Vana-Antsla_vallavalitsus, lk 87
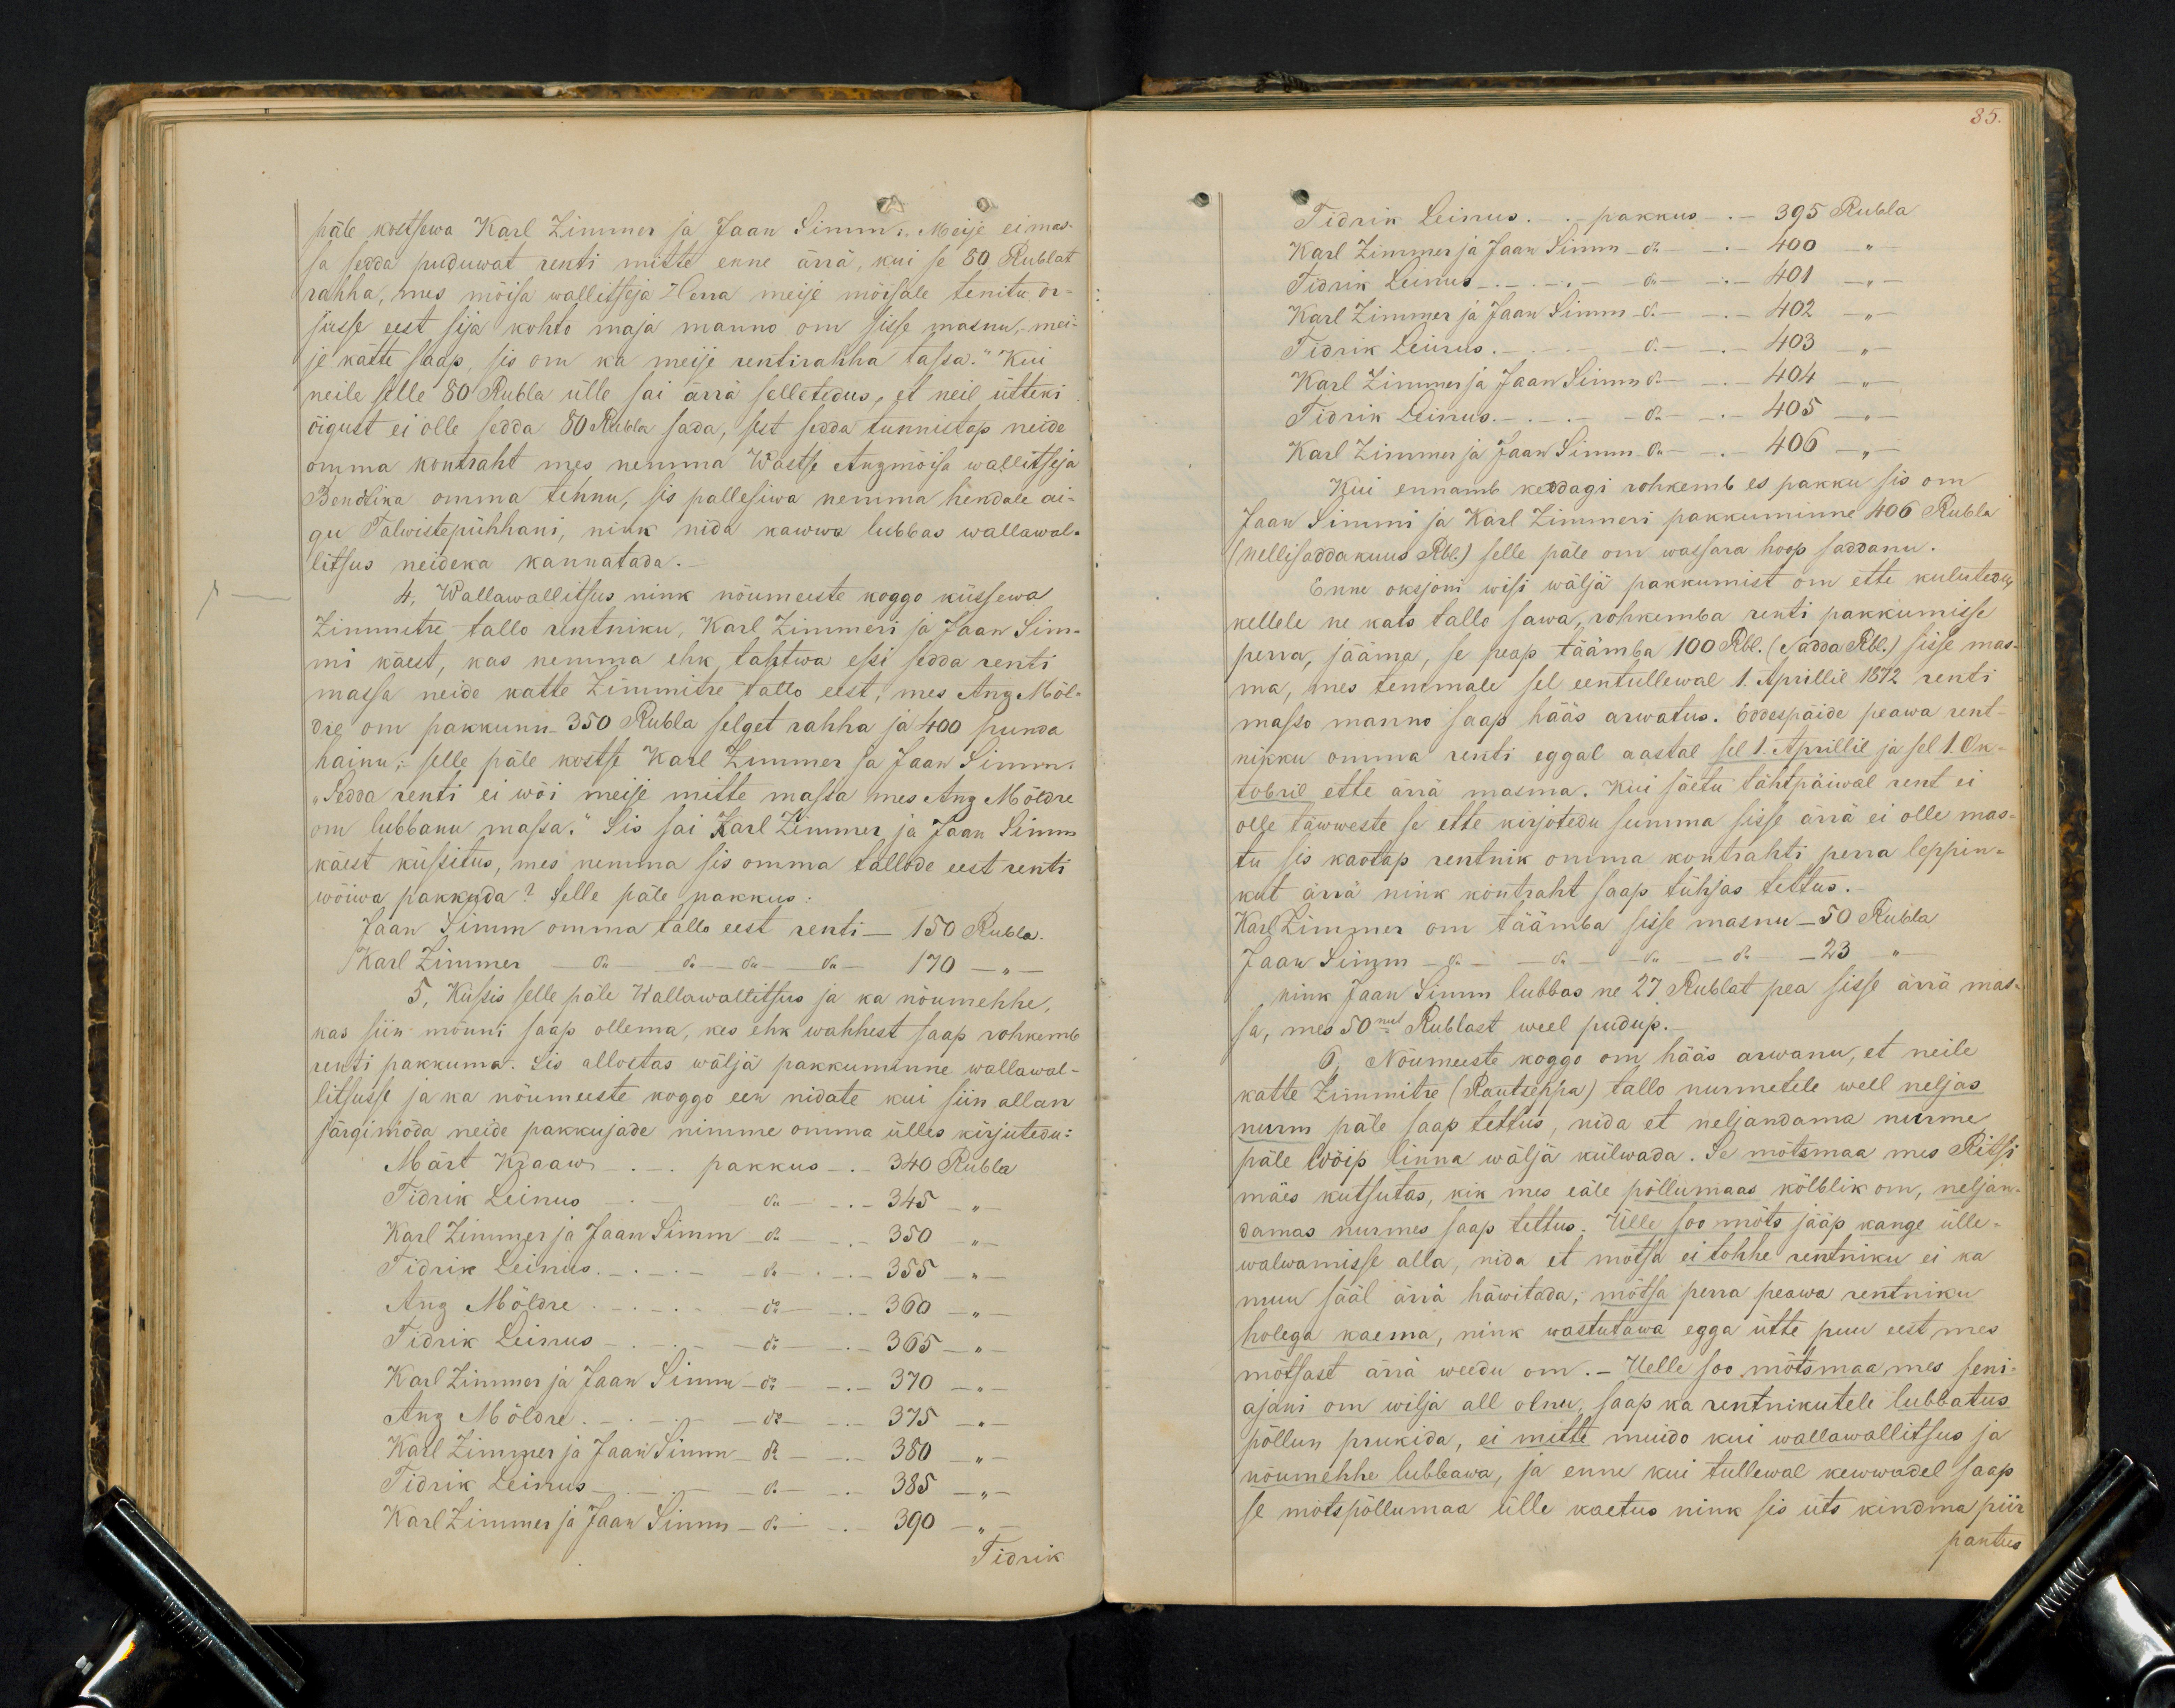
päle kostsewa Karl Zimmer ja Jaan Simm: Meije ei mas-
sa sedda puduwat renti mitte enne ärrä, kui se 80 Rublat
rahha, mes mõisa wallitseja Herra meije möisale tenitu os-
suste eest sija kohto maja manno om sisse masnu, mei-
je kätte saap, sis om ka meije rentirahha tassa." Kui
neile selle 80 Rubla ülle sai ärrä selletedus, et neil ütleks
õigust ei olle sedda 80 Rubla sada, sest sedda tunnistap neide
omma kontraht mes nemma Wastse Anzmõisa wallitseja
Bendtika omma tennu, sis pallesiwa nemma hendale ai-
gu Talwistepühhani, nihk nida kawwa lubbas wallawal-
litsus neideka kannatada.
4. Wallawallitsus nink nõumeeste koggo küssewa
Zimmitre tallo rentniku, Karl Zimmeri ja Jaan Sim-
mi käest, kas nemma ehk, tahtwa essi sedda renti
massa neide kätte Zimmitre tallo eest, mes Anz Möl-
dre om pakkunu 350 Rubla selget rahha ja 400 punda
hainu; selle päle kostse Karl Zimmer ja Jaan Simm
"Sedda renti ei wõi meise mitte massa mes Anz Möldre
om lubbanu massa.“ Sis sai Karl Zimmer ja Jaan Simm
käest küssitus, mes nemma sis omma tallude eest renti
wõiwa pakkuda? Selle päle pakkus:
Jaan Simm omma tallo eest renti - 150 Rubla
Karl Zimmer - do - do - do - do - 170 - "-
5, Küsis selle päle Wallawallitsus ja ka nõumehhe,
kas siin mõnni saap ollema, kes ehk wahhest saap rohkemb
renti pakkuma. Sis allostas wälja pakkuminne wallawal-
litsuse ja ka nõumeeste koggo een nidate kui siin allan
järgimöda neide pakkujade nimme omma ülles kirjutedu:
Mart Kraaw - pakkus - 340 Rubla
Tidrik Leinus - - do - 345 "
Karl Zimmer ja Jaan Simm - do - 350 "
Tidrik Leinius. - - do 355 - "
Anz Möldre - do - 360 - "
Tidrik Leinus - - do - 365 - a.
Karl Zimmer ja Jaan Simm - do - 370 - "
Anz Mõldre. -- do 375 -
Karl Zimmer ja Jaan Simm - do - - 380 - "
Tidrik Leinus - - do - 385 "
Karl Zimmer ja Jaan Simm - do - 390
Tidrik

85.
Tidrik Leinus. - pakkus - 395 Rubla
Karl Zimmer ja Jaan Simm - do - - 400 "
Tidrik Leinus - - do - - 401
Karl Zimmer ja Jaan Simm - do - 402 -
Tidrik Leinus. - - do - 403
Karl Zimmen ja Jaan Simm do - - 404 -
Tirdik Leinus. - - - do - 405
Karl Zimmer ja Jaan Simm do - 406 -
Kui ennamb keddagi rohkemb es pakku sis om
Jaan Simmi ja Karl Zimmeri pakkuminne 406 Rubla
(nellisaddakuus Rbl.) selle päle om wassara hoop saddanu
Enne oksjoni wisi wälja pakkumist on ette kulutedu,
kellele ne kats tallo sawa, rohkemba renti pakkumisse,
perra, jääma, se peap täämba 100 Rbl. (Sadda Rbl.) sisse mas-
ma, mes temmale sel eentullewal 1. Aprillil 1872 renti
masso manno saap hääs arwatus. Eddesspäide peawa rent-
nikku omma renti eggal aastal sel 1. Aprillil ja sel 1. Ok-
tobril ette ärrä masma. Kui säetu tähtpäiwal rent ei
olle täwweste se ette kirjotedu summa sisse ärrä ei olle mas
tu sis kaotap rentnik omma kontrahti perra leppin-
kut ärra nink kontraht saap tühjas tettus.
Karl Zimmer on täämba sisse masnu 50 Rubla
Jaan Simm - do - do - do - do. - 23 "
nink Jaan Simm lubbas ne 27 Rublat pea sisse ärra mas-
sa, mes 50nest Rublast weel pudup.
6, Nõumeeste koggo on hääs arwanu, et neile
katte Zimmitre (Rautseppa) tallo nurmetele weel neljas
nurm päle saap tettus, nida et neljandama nurme
päle wöip linna wälja külwada. Se mõtsmaa mes Ritsi
mäes kutsutas, kik mes eäle põllumaas kölblik om, neljan-
damas nurmes saap tehtus. Ülle soo mõts jääp kange ülle-
walwamisse alla, nida et mõtsa ei tohhe rentniku ei ka
muu sääl ärra häwitada; mõtsa perra peawa rentniku
holega kaema, nink wastutawa egga ütte puu eest mes
mõtsast ärra weedu om. Uelle soo mõtsmaa mes seni-
ajani om wilja all olnu, saap ka rentnikutele lubbatus
põllun prukida, ei mitte muido kui wallawallitsus ja
nõumehhe lubbawa, ja enne kui tullewal kewwadel saap
se mõtspõllumaa ülle kaetus nink sis üts kindma piir
pantus.